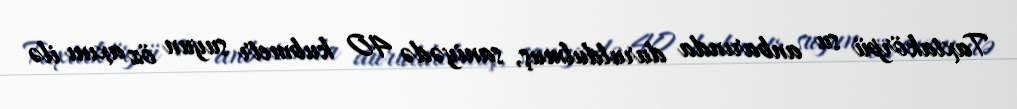
Taxtakörpü su anbarında duruldulmuş, saniyədə 40 kubmetr suyun öz axını ilə